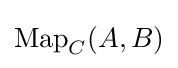
\operatorname {Map} _{C}(A,B)